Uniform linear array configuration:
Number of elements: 32
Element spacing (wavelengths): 0.25
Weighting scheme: cosine
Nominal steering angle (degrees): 60
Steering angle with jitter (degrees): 59.976
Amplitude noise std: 0.05
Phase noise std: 0.05

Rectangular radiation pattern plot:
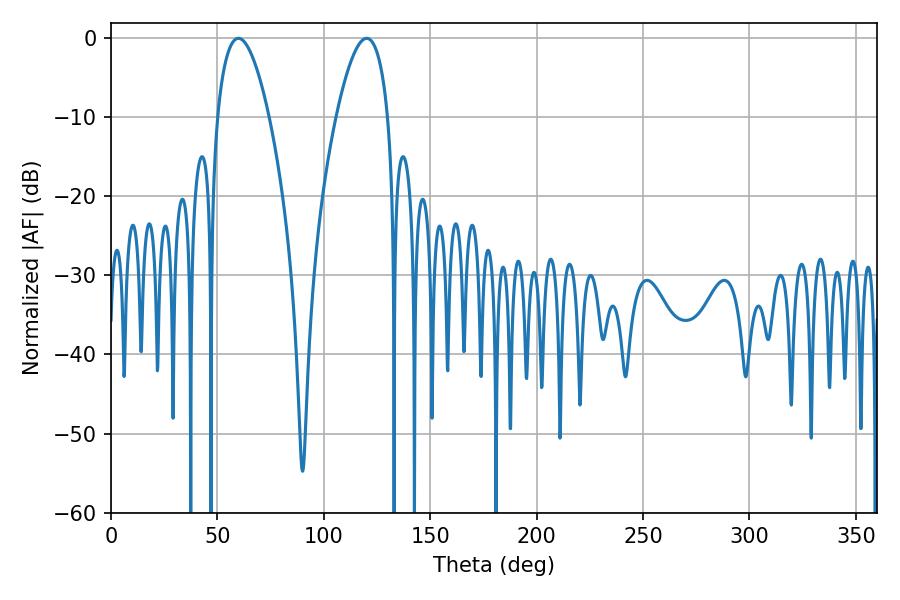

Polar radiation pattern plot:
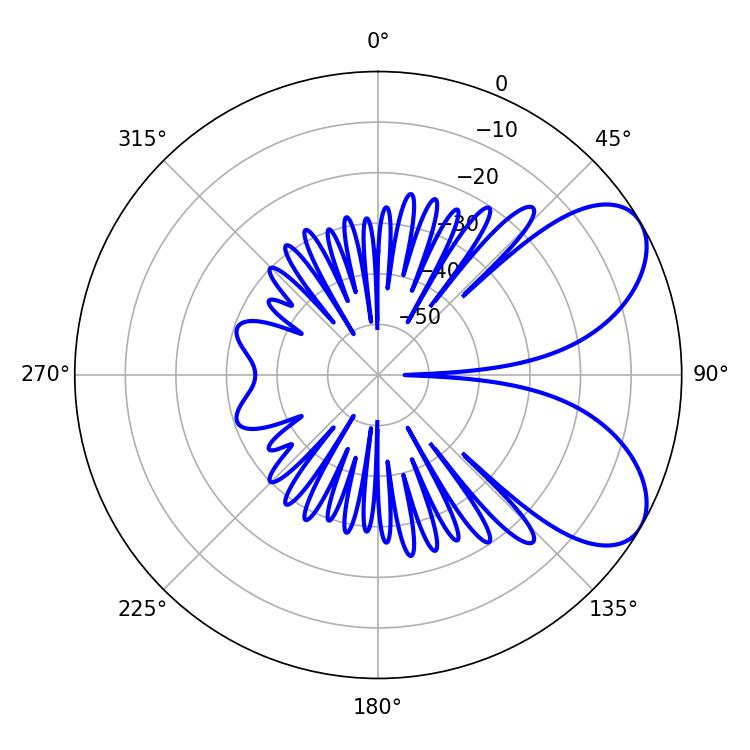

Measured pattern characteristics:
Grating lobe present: FALSE
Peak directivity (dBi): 6.579
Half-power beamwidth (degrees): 13.5
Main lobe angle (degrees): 59.94